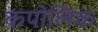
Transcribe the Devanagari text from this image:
कपोलिक